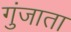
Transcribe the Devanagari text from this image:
गुंजाता